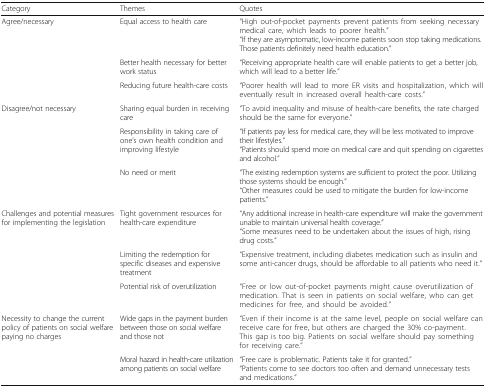
| Category | Themes | Quotes |
 | --- | --- | --- |
 | <ROWSPAN=3> Agree/necessary | Equal access to health care | “High out-of-pocket payments prevent patients from seeking necessary medical care, which leads to poorer health.”“If they are asymptomatic, low-income patients soon stop taking medications. Those patients definitely need health education.” |
 | Better health necessary for better work status | “Receiving appropriate health care will enable patients to get a better job, which will lead to a better life.” |
 | Reducing future health-care costs | “Poorer health will lead to more ER visits and hospitalization, which will eventually result in increased overall health-care costs.” |
 | <ROWSPAN=3> Disagree/not necessary | Sharing equal burden in receiving care | “To avoid inequality and misuse of health-care benefits, the rate charged should be the same for everyone.” |
 | Responsibility in taking care of one’s own health condition and improving lifestyle | “If patients pay less for medical care, they will be less motivated to improve their lifestyles.”“Patients should spend more on medical care and quit spending on cigarettes and alcohol.” |
 | No need or merit | “The existing redemption systems are sufficient to protect the poor. Utilizing those systems should be enough.”“Other measures could be used to mitigate the burden for low-income patients.” |
 | <ROWSPAN=3> Challenges and potential measures for implementing the legislation | Tight government resources for health-care expenditure | “Any additional increase in health-care expenditure will make the government unable to maintain universal health coverage.”“Some measures need to be undertaken about the issues of high, rising drug costs.” |
 | Limiting the redemption for specific diseases and expensive treatment | “Expensive treatment, including diabetes medication such as insulin and some anti-cancer drugs, should be affordable to all patients who need it.” |
 | Potential risk of overutilization | “Free or low out-of-pocket payments might cause overutilization of medication. That is seen in patients on social welfare, who can get medicines for free, and should be avoided.” |
 | <ROWSPAN=2> Necessity to change the current policy of patients on social welfare paying no charges | Wide gaps in the payment burden between those on social welfare and those not | “Even if their income is at the same level, people on social welfare can receive care for free, but others are charged the 30% co-payment. This gap is too big. Patients on social welfare should pay something for receiving care.” |
 | Moral hazard in health-care utilization among patients on social welfare | “Free care is problematic. Patients take it for granted.”“Patients come to see doctors too often and demand unnecessary tests and medications.” |